Jaan_Tonisson_(Lasteleht), lk 379
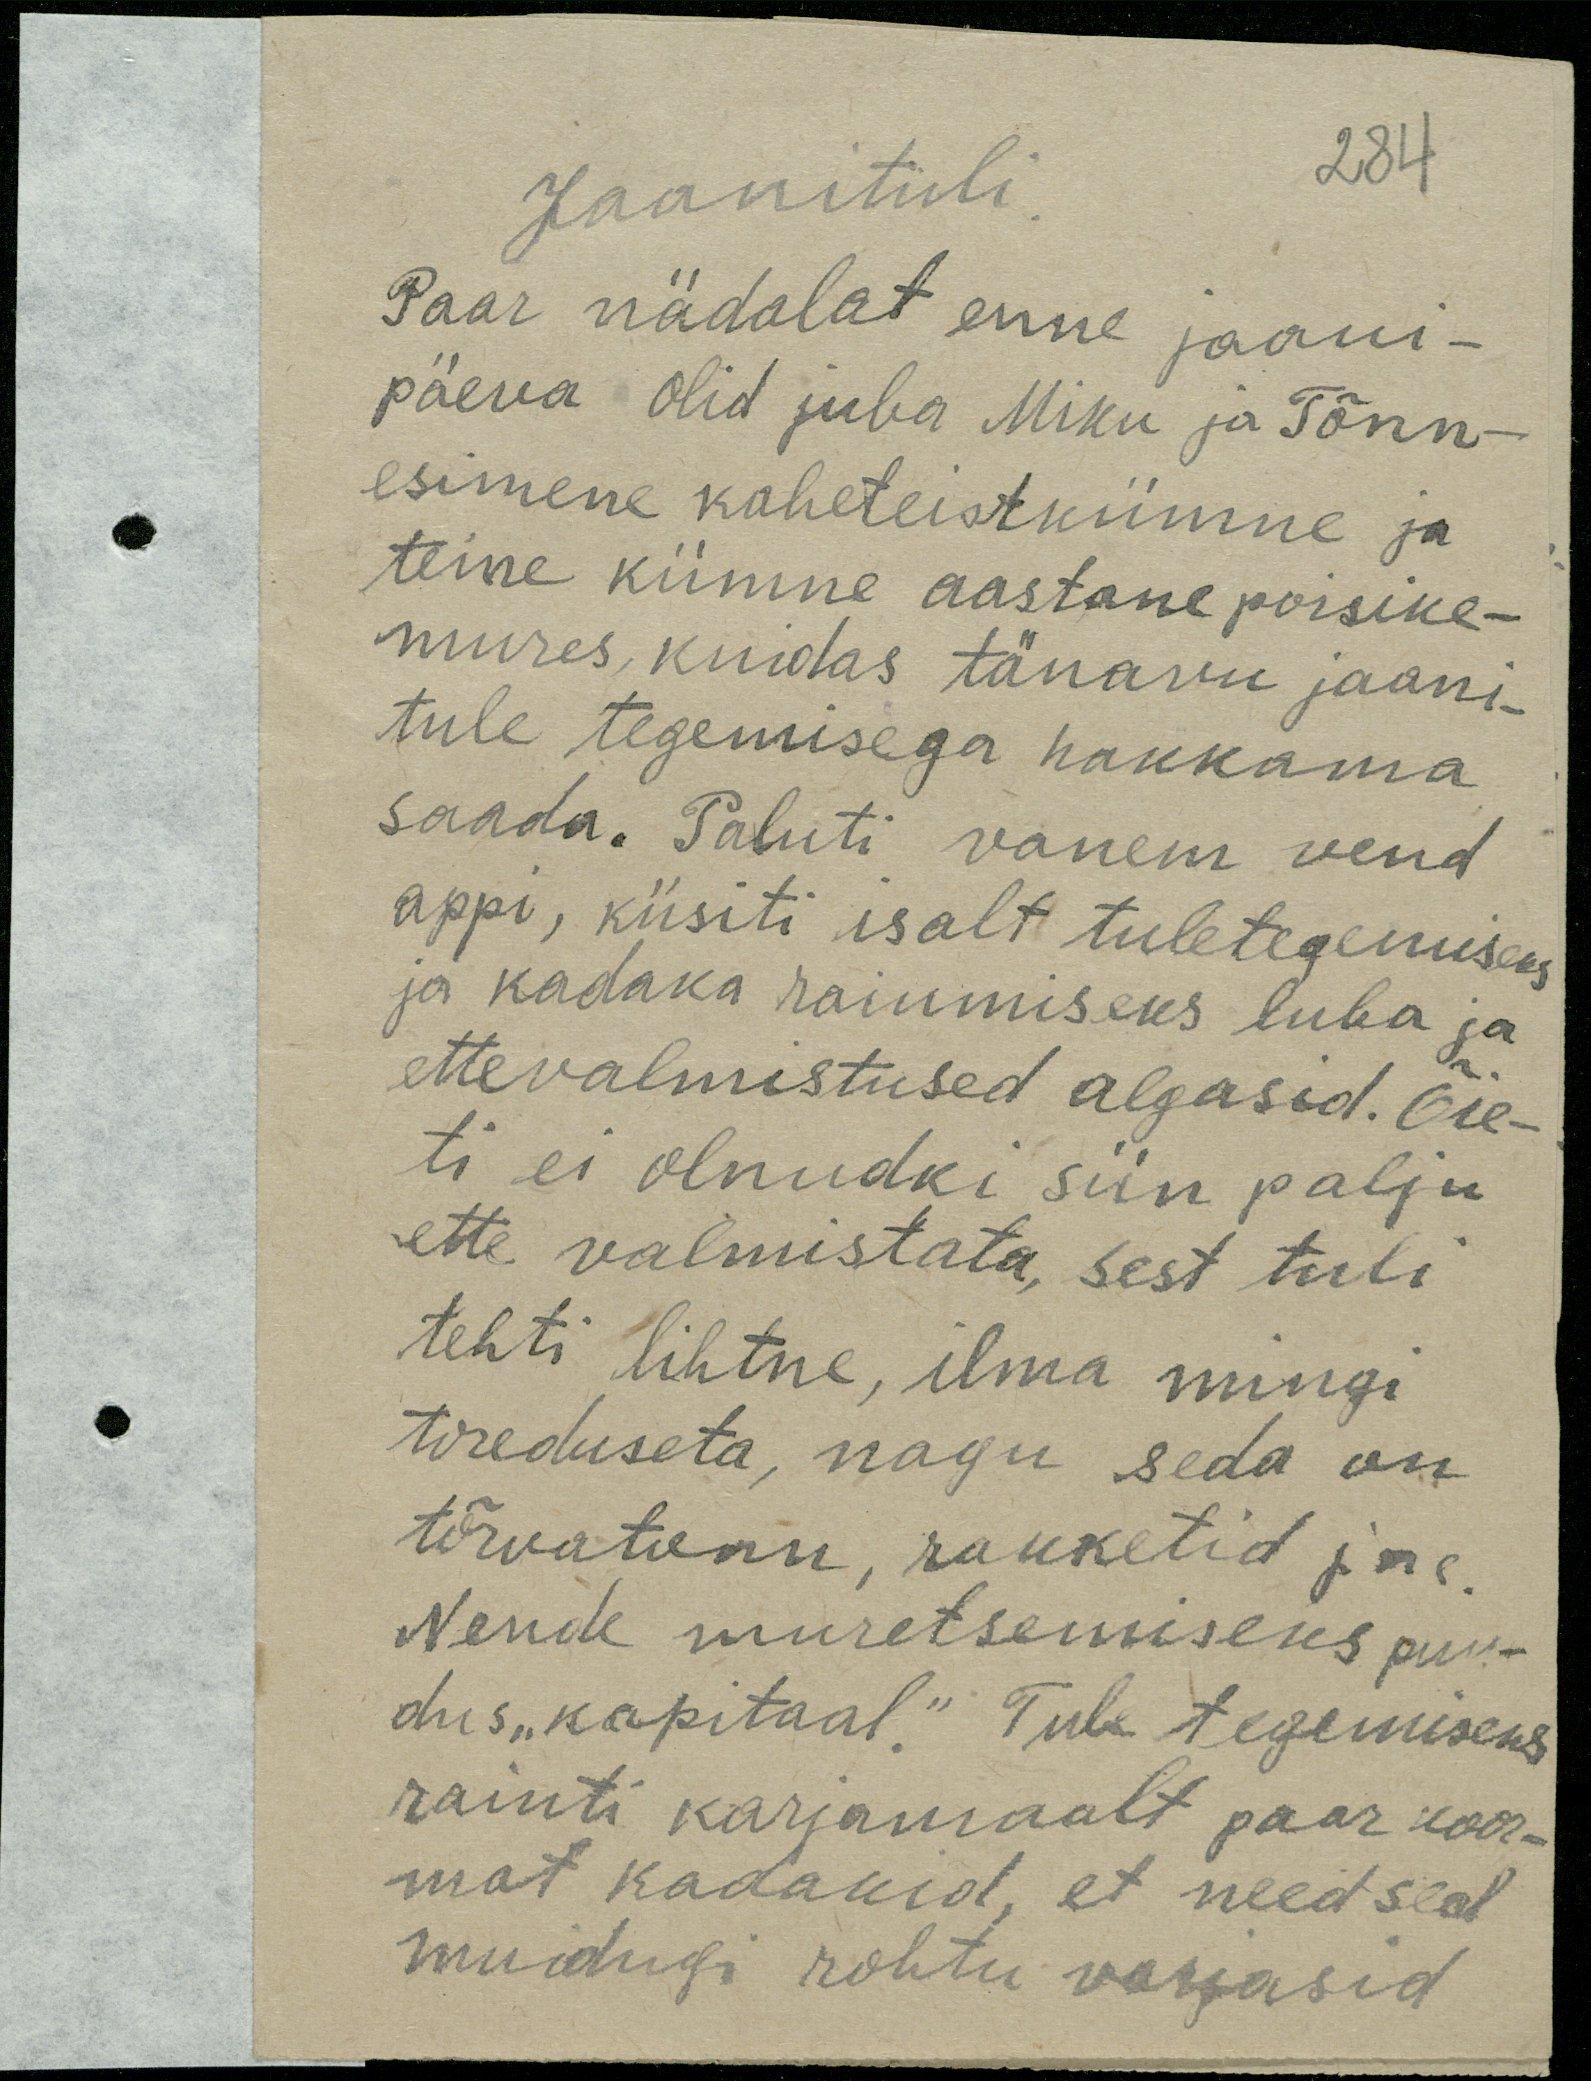
Jaanituli
284
Paar nädalat enne jaani-
päeva olid juba Miku ja Tõnn-
esimene kaheteistkümne ja
teine kümne aastane poisike-
mures, kuidas tänavu jaani-
tule tegemisega hakkama
saada. Paluti vanem vend,
appi, küsiti isalt tuletegemiseks
ja kadaka raiumiseks luba ja
ettevalmistused algasid. Õie-
ti ei olnudki siin palju
ette valmistata, sest tuli
tehti lihtne, ilma mingi
toreduseta, nagu seda on.
tõrvatonn, rakketid jne.
Nende muretsemiseks puu-
dus "kapitaal." Tule tegemiseks
raiuti karjamaalt paar koor-
mat kadakaid, et need seal
muidugi rohtu varjasid.